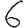
Digit: 6